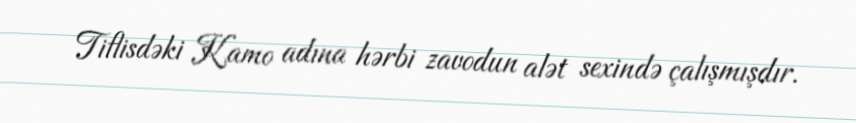
Tiflisdəki Kamo adına hərbi zavodun alət sexində çalışmışdır.